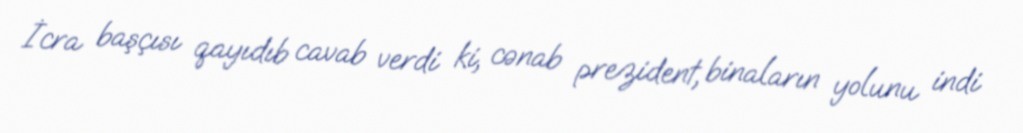
İcra başçısı qayıdıb cavab verdi ki, cənab prezident, binaların yolunu indi